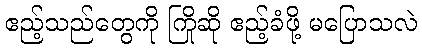
ဧည့်သည်တွေကို ကြိုဆို ဧည့်ခံဖို့ မပြောသလဲ